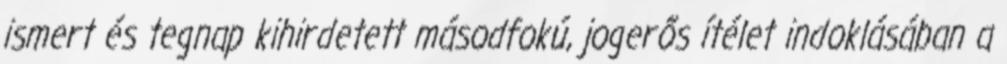
ismert és tegnap kihirdetett másodfokú, jogerős ítélet indoklásában a